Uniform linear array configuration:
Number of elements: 48
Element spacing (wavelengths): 0.25
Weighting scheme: binomial
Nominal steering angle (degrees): -30
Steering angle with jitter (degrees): -28.995
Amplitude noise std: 0.05
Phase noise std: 0.05

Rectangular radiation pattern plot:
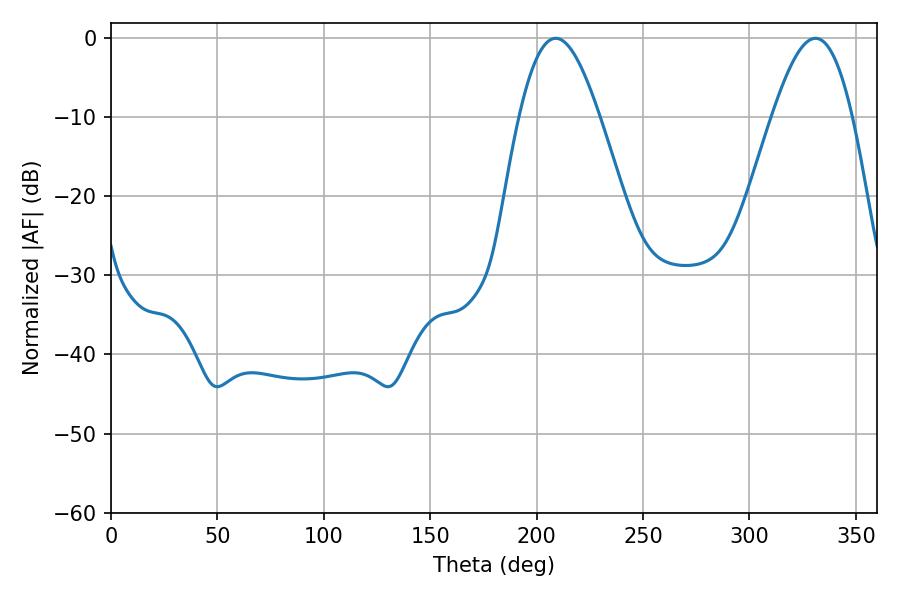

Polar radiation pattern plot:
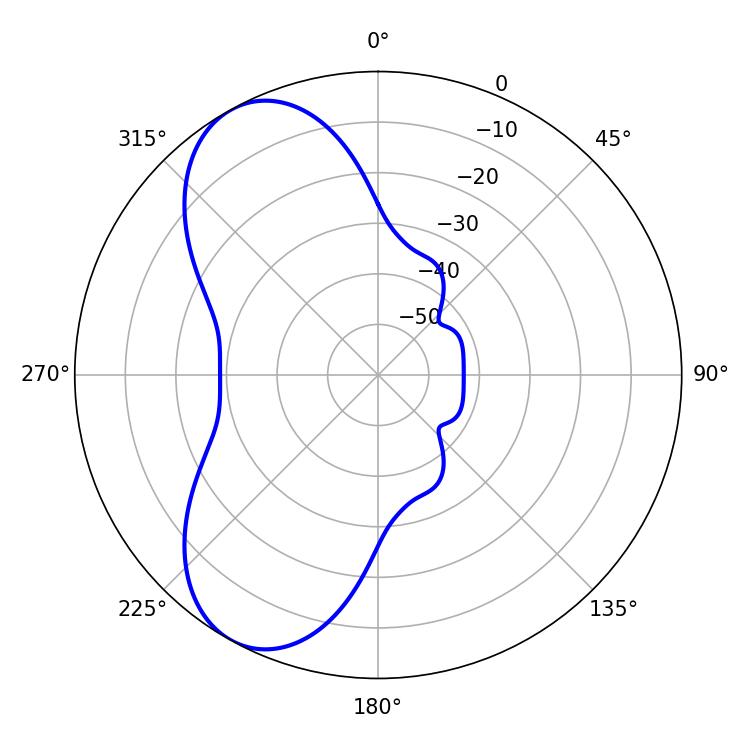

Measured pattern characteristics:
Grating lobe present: FALSE
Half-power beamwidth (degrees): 20.34
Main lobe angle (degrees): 208.98